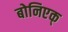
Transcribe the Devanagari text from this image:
बोनिएक्